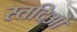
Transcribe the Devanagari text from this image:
स्तदिओ